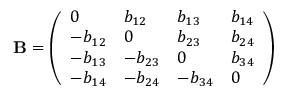
\mathbf { B } = \left( \begin{array} { l l l l } { 0 } & { b _ { 1 2 } } & { b _ { 1 3 } } & { b _ { 1 4 } } \\ { - b _ { 1 2 } } & { 0 } & { b _ { 2 3 } } & { b _ { 2 4 } } \\ { - b _ { 1 3 } } & { - b _ { 2 3 } } & { 0 } & { b _ { 3 4 } } \\ { - b _ { 1 4 } } & { - b _ { 2 4 } } & { - b _ { 3 4 } } & { 0 } \end{array} \right)